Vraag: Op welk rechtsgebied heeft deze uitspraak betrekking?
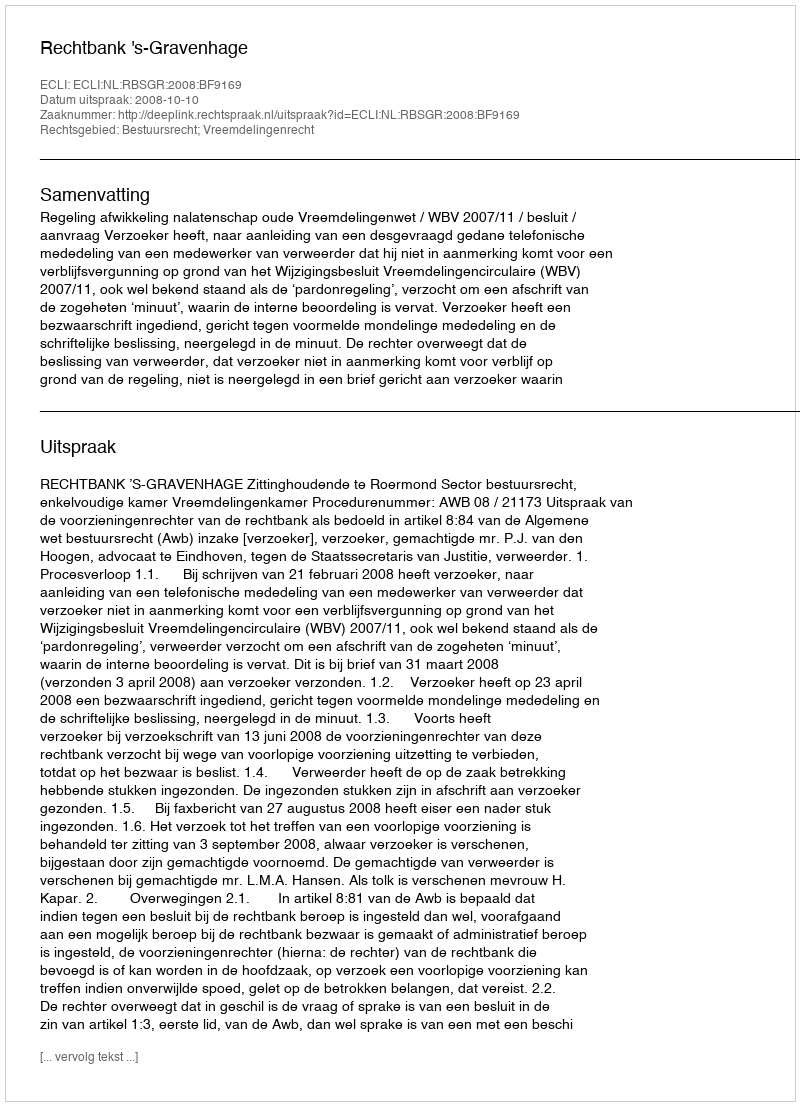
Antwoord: Bestuursrecht; Vreemdelingenrecht